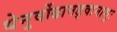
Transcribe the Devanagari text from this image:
धेनुर्वोढानड्वानाशुः